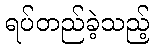
ရပ်တည်ခဲ့သည့်